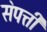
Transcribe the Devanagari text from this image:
स॓पत्ती